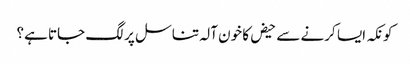
کونکہ ایسا کرنے سے حیض کا خون آلہ تناسل پر لگ جاتا ہے؟